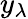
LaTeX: y_{\lambda}